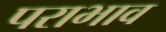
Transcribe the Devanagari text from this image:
पराभाव